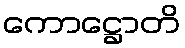
ကောဋ္ဌောတိ